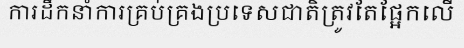
ការដឹកនាំការគ្រប់គ្រងប្រទេសជាតិត្រូវតែផ្អែកលើ